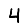
Digit: 4